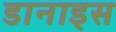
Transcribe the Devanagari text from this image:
डानाइस